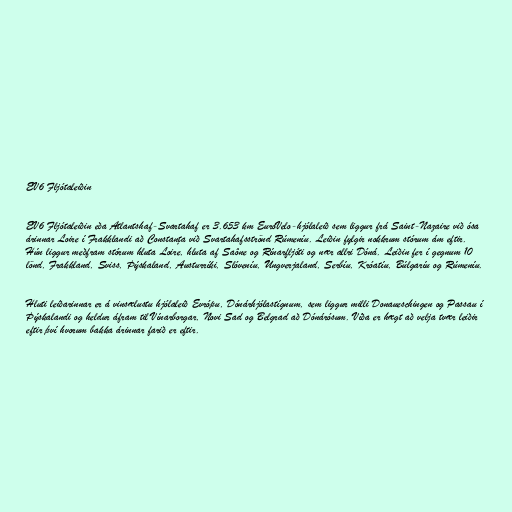
EV6 Fljótaleiðin

EV6 Fljótaleiðin eða Atlantshaf-Svartahaf er 3.653 km EuroVelo-hjólaleið sem liggur frá Saint-Nazaire við ósa
árinnar Loire í Frakklandi að Constanța við Svartahafsströnd Rúmeníu. Leiðin fylgir nokkrum stórum ám eftir.
Hún liggur meðfram stórum hluta Loire, hluta af Saône og Rínarfljóti og nær allri Dóná. Leiðin fer í gegnum 10
lönd, Frakkland, Sviss, Þýskaland, Austurríki, Slóveníu, Ungverjaland, Serbíu, Króatíu, Búlgaríu og Rúmeníu.

Hluti leiðarinnar er á vinsælustu hjólaleið Evrópu, Dónárhjólastígnum, sem liggur milli Donaueschingen og Passau í
Þýskalandi og heldur áfram til Vínarborgar, Novi Sad og Belgrad að Dónárósum. Víða er hægt að velja tvær leiðir
eftir því hvorum bakka árinnar farið er eftir.